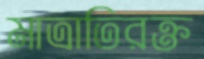
মাত্রাতিরক্ত